Report on sanitation, dispensaries, and jails in Rajputana for 1912, and on vaccination for the year 1912-1913 - 1912-1913
Year: 1912
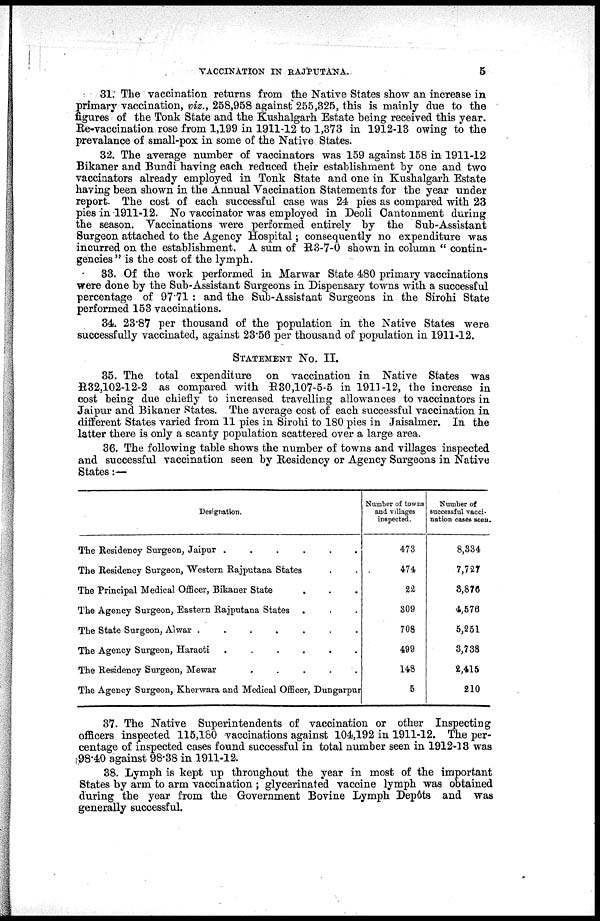
VACCINATION IN RAJPUTANA.
5
31. The vaccination returns from the Native States show an increase in
primary vaccination, viz., 258,958 against 255,325, this is mainly due to the
figures of the Tonk State and the Kushalgarh Estate being received this year.
Re-vaccination rose from 1,199 in 1911-12 to 1,373 in 1912-13 owing to the
prevalance of small-pox in some of the Native States.
32. The average number of vaccinators was 159 against 158 in 1911-12
Bikaner and Bundi having each reduced their establishment by one and two
vaccinators already employed in Tonk State and one in Kushalgarh Estate
having been shown in the Annual Vaccination Statements for the year under
report. The cost of each successful case was 24 pies as compared with 23
pies in 1911-12. No vaccinator was employed in Deoli Cantonment during
the season. Vaccinations were performed entirely by the Sub-Assistant
Surgeon attached to the Agency Hospital; consequently no expenditure was
incurred on the establishment. A sum of R3-7-0 shown in column " contin-
gencies " is the cost of the lymph.
33. Of the work performed in Marwar State 480 primary vaccinations
were done by the Sub-Assistant Surgeons in Dispensary towns with a successful
percentage of 97.71 : and the Sub-Assistant Surgeons in the Sirohi State
performed 153 vaccinations.
34. 23.87 per thousand of the population in the Native States were
successfully vaccinated, against 23.56 per thousand of population in 1911-12.
STATEMENT No. II.
35. The total expenditure on vaccination in Native States was
R32,102-12-2 as compared with R30,107-5-5 in 1911-12, the increase in
cost being due chiefly to increased travelling allowances to vaccinators in
Jaipur and Bikaner States. The average cost of each successful vaccination in
different States varied from 11 pies in Sirohi to 180 pies in Jaisalmer. In the
latter there is only a scanty population scattered over a large area.
36. The following table shows the number of towns and villages inspected
and successful vaccination seen by Residency or Agency Surgeons in Native
States:—
Designation.
The Residency Surgeon, Jaipur
......
The Residency Surgeon, Western Rajputana States
The Principal Medical Officer, Bikaner State
The Agency Surgeon, Eastern Rajputana States
The State Surgeon, Alwar
.
.
.
.
.
.
The Agency Surgeon, Haraoti
.
.
.
.
.
The Residency Surgeon, Mewar
.
.
.
.
.
.
The Agency Surgeon, Kherwara and Medical Officer, Dungaxpur
Number of towns
and villages
inspected.
473
474
22
309
708
499
148
5
Number of
successful vacci-
nation cases seen.
8,334
7,727
8,876
4,576
5,251
3,738
2,415
210
37. The Native Superintendents of vaccination or other Inspecting
officers inspected 115,180 vaccinations against 104,192 in 1911-12. The per-
centage of inspected cases found successful in total number seen in 1912-13 was
98.40 against 98.38 in 1911-12.
38. Lymph is kept up throughout the year in most of the important
States by arm to arm vaccination ; glycerinated vaccine lymph was obtained
during the year from the Government Bovine Lymph Depôts and was
generally successful.